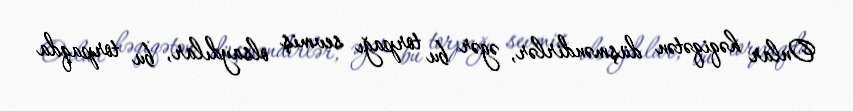
Onlar həqiqətən düşməndirlər, əgər bu torpağı sevmiş olsaydılar, bu torpaqda